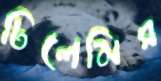
ঢিলেমির